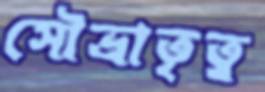
সৌভ্রাতৃত্ব